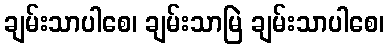
ချမ်းသာပါစေ၊ ချမ်းသာမြဲ ချမ်းသာပါစေ၊